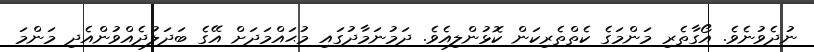
ނުދެވުނެވެ. އޯގާތެރި މަންމަގެ ކެތްތެރިކަން ކޮޅުންލިއެވެ. ދަމުނަމާދުގައި މުޙައްމަދަށް އޭގެ ބަދަލުދެއްވުންއެދި މަންމަ